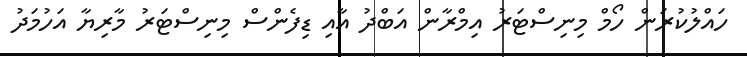
ހައްލުކުރަން ހޯމް މިނިސްޓަރު އިމްރާން އަބްދު އާއި ޑިފެންސް މިނިސްޓަރު މާރިޔާ އަހުމަދު